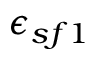
\epsilon _ { s f 1 }